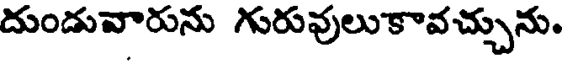
దుండువారును గురువులుకావచ్చును.